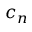
c _ { n }